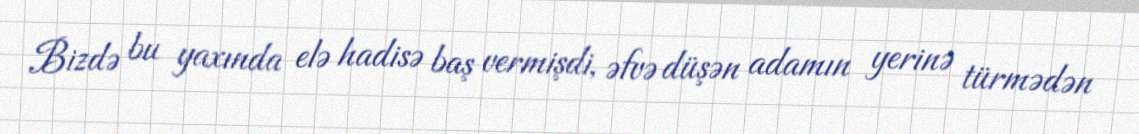
Bizdə bu yaxında elə hadisə baş vermişdi, əfvə düşən adamın yerinə türmədən